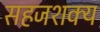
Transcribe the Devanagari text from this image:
सहजशक्‍य